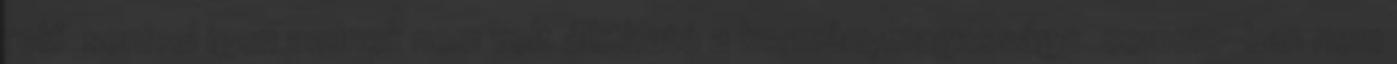
reki senivel igen aminek nem volt állítható a kormánymagassága..commo-ban nem